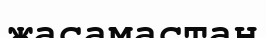
жасамастан